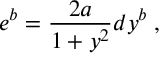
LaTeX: e ^ { b } = \frac { 2 a } { 1 + y ^ { 2 } } d y ^ { b } \; ,